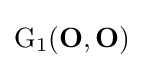
{\text{G}}_{1}(\mathbf {O} ,\mathbf {O} )